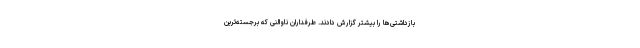
بازداشتی‌ها را بیشتر گزارش دادند. طرفداران ناوالنی که برجسته‌ترین